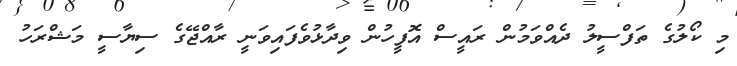
މި ކޯލުގެ ތަފްސީލު ދެއްވަމުން ރައީސް އޮފީހުން ވިދާޅުވެފައިވަނީ ރާއްޖޭގެ ސިޔާސީ މަޝްރަހު